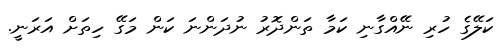
ކަލޭގެ ހުރި ނޭއްގާނި ކަމާ ތަންދޮރު ނުދަންނަ ކަން މަގޭ ހިތަށް އަރަނީ.